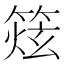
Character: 𥰌